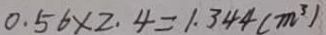
0 . 5 6 \times 2 . 4 = 1 . 3 4 4 ( m ^ { 3 } )